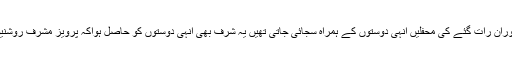
اپنے دورِا قتدار میں کراچی میں قیام کے دوران رات گئے کی محفلیں انہی دوستوں کے ہمراہ سجائی جاتی تھیں یہ شرف بھی انہی دوستوں کو حاصل ہواکہ پرویز مشرف روشنیوں کے شہر میں تنہائیوں کا شکار ہوگئے۔